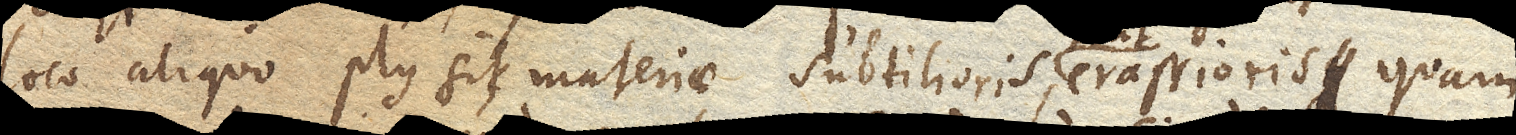
loco aliquo plus sit materiae subtilioris, crassioris quam